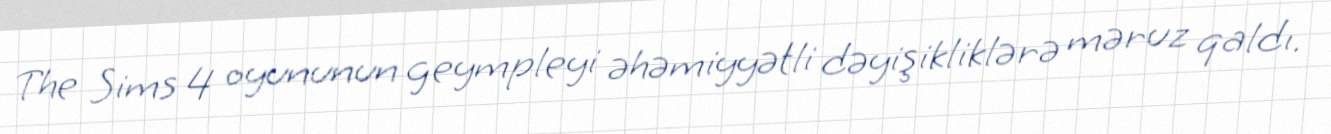
The Sims 4 oyununun geympleyi əhəmiyyətli dəyişikliklərə məruz qaldı.